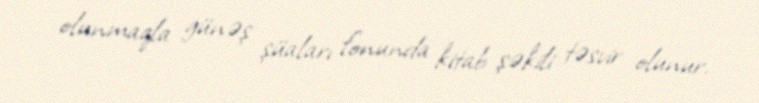
olunmaqla günəş şüaları fonunda kitab şəkili təsvir olunur.